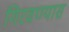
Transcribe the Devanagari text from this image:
गिरवण्यास